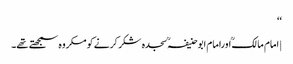
‘‘
| امام مالکؒ اورامام ابوحنیفہؒ سجدہ شکر کرنے کو مکروہ سمجھتے تھے۔